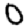
Digit: 0